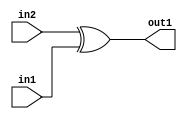
`timescale 1ps / 1ps
/*****************************************************************************
    Verilog RTL Description
    
    
    Created by: Stratus DpOpt 2019.1.01 
*******************************************************************************/

module GaussianFilter_Xor_1Ux1U_1U_1 (
	in2,
	in1,
	out1
	); /* architecture "behavioural" */ 
input  in2,
	in1;
output  out1;
wire  asc001;

assign asc001 = 
	(in2)
	^(in1);

assign out1 = asc001;
endmodule

/* CADENCE  urjxQws= : u9/ySgnWtBlWxVPRXgAZ4Og= ** DO NOT EDIT THIS LINE ******/